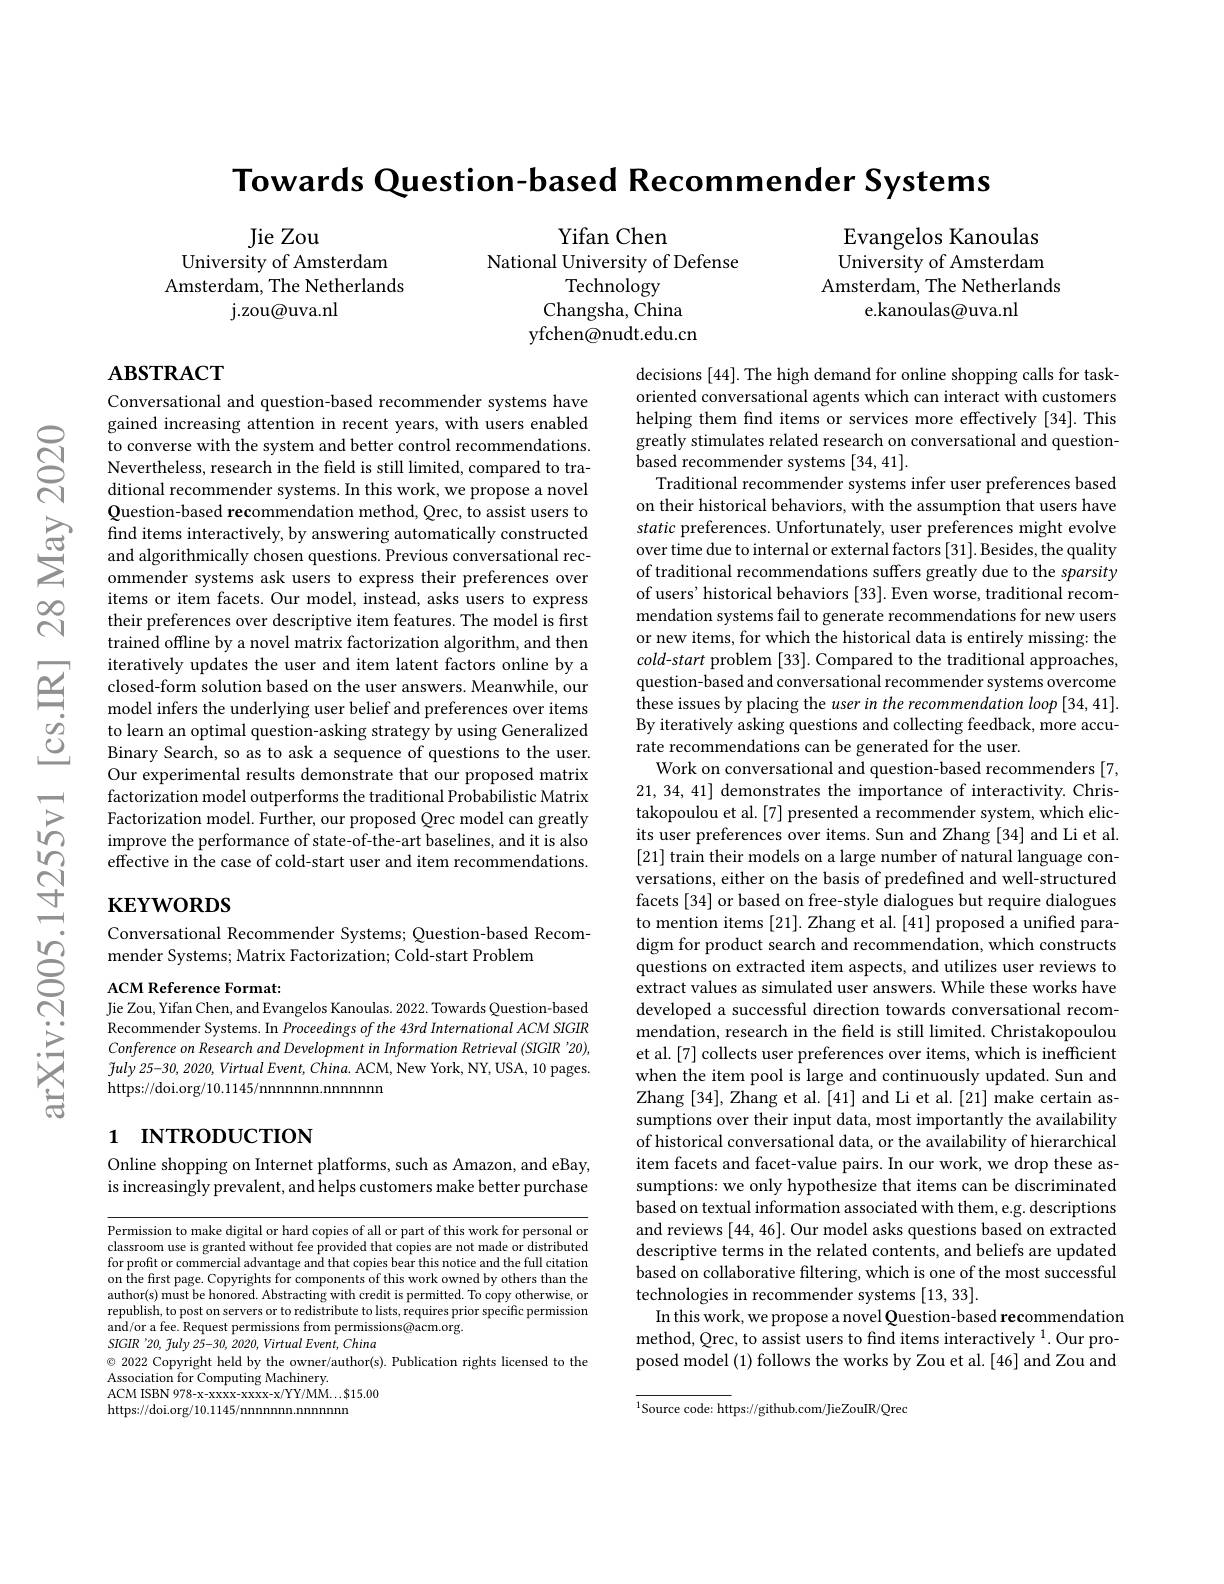
Towards Question-based Recommender Systems

Jie Zou
University of Amsterdam Amsterdam, The Netherlands
j. zou@ uva. nl

Evangelos Kanoulas University of Amsterdam Amsterdam, The Netherlands
e.kanoulas@uva.nl

Yifan Chen
National University of Defense
Technology
Changsha, China yfchen@nudt.edu.cn

# $\mathbf{ABSTRACT}$

Conversational and question-based recommender systems have gained increasing attention in recent years, with users enabled to converse with the system and better control recommendations Nevertheless, research in the field is still limited, compared to traditional recommender systems. In this work, we propose a novel
Question- based recommendation method, Qrec, to assist users to on ther nstortal benavors, with the assupption that users have G find items interactively, by answering automatically constructed static preferences. Unfortunately, user preferences mi
items or item facets. Our model, instead, asks users to express their preferences over descriptive item features. The model is first trained offline by a novel matrix factorization algorithm, and then iteratively updates the user and item latent factors online by a closed-form solution based on the user answers. Meanwhile, our model infers the underlying user belief and preferences over items to learn an optimal question-asking strategy by using Generalized Binary Search, so as to ask a sequence of questions to the user. Our experimental results demonstrate that our proposed matrix factorization model outperforms the traditional Probabilistic Matrix Factorization model. Further, our proposed Qrec model can greatly improve the performance of state-of-the-art baselines, and it is also effective in the case of cold-start user and item recommendations.

decisions [44]. The high demand for online shopping calls for taskoriented conversational agents which can interact with customers helping them find items or services more effectively [34]. This greatly stimulates related research on conversational and questionbased recommender systems [34,41].
Traditional recommender systems infer user preferences based on their historical behaviors, with the assumption that users have of users' historical behaviors [33]. Even worse, traditional recommendation systems fail to generate recommendations for new users or new items, for which the historical data is entirely missing: the $cold-start$ problem [33]. Compared to the traditional approaches, question-based and conversational recommender systems overcome these issues by placing the user in the recommendation loop [34,41]. By iteratively asking questions and collecting feedback, more accurate recommendations can be generated for the user.
Work on conversational and question-based recommenders [7, 21, 34, 41] demonstrates the importance of interactivity. Christakopoulou et al. [7] presented a recommender system, which elicits user preferences over items. Sun and Zhang [34] and Li et al. [21] train their models on a large number of natural language conversations, either on the basis of predefined and well-structured facets [34] or based on free-style dialogues but require dialogues to mention items [21]. Zhang et al. [41] proposed a unified paradigm for product search and recommendation, which constructs questions on extracted item aspects, and utilizes user reviews to extract values as simulated user answers. While these works have developed a successful direction towards conversational recommendation, research in the field is still limited. Christakopoulou et al. [7] collects user preferences over items, which is inefficient when the item pool is large and continuously updated. Sun and Zhang [34], Zhang et al. [41] and Li et al.[21] make certain assumptions over their input data, most importantly the availability of historical conversational data, or the availability of hierarchical item facets and facet-value pairs. In our work, we drop these assumptions: we only hypothesize that items can be discriminated based on textual information associated with them, e.g. descriptions and reviews [44,46]. Our model asks questions based on extracted descriptive terms in the related contents, and beliefs are updated based on collaborative filtering, which is one of the most successful technologies in recommender systems [13, 33].
In this work, we propose a novel Question-based recommendation method, Qrec, to assist users to find items interactively $^{1}.$ Our proposed model (1) follows the works by Zou et al.[46] and Zou and

# $\mathbf{KEYWORDS}$

Conversational Recommender Systems; Question-based Recom-
mender Systems; Matrix Factorization; Cold-start Problem

ACM Reference Format
Jie Zou, Yifan Chen, and Evangelos Kanoulas. 2022. Towards Question-based Recommender Systems. In Proceedings of the 43rd International ACM SIGIR Conference on Research and Development in Information Retrieval (SIGIR '20), $\tilde{f}uly25-30,2020,VirtualEvent,China.$ ACM, New York, NY, USA, 10 pages. https://doi.org/10.1145/nnnnnnn.nnnnn

## 1 INTRODUCTION

Online shopping on Internet platforms, such as Amazon, and eBay, is increasingly prevalent, and helps customers make better purchase

Permission to make digital or hard copies of all or part of this work for personal or classroom use is granted without fee provided that copies are not made or distributed for profit or commercial advantage and that copies bear this notice and the full citation on the first page. Copyrights for components of this work owned by others than the author(s) must be honored. Abstracting with credit is permitted. To copy otherwise, or republish, to post on servers or to redistribute to lists, requires prior specific permission
SIGIR'20, fuly 25-30, 2020, Virtual Event, China
$\textcircled{\circ}$ 2022 Copyright held by the owner/author(s). Publication rights licensed to the
Association for Computing Machinery.
ACM ISBN 978- x- xxxx- xxxx- x/ YY/ MMM. . . $\$$15. 00
https://doi.org/10.1145/nnnnnnn.nnnnn

${^{1}\text{Source code: https://github.com/JieZouIR/Qrec}}$